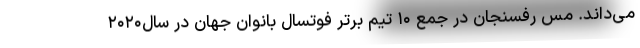
می‌داند. مس رفسنجان در جمع ۱۰ تیم برتر فوتسال بانوان جهان در سال۲۰۲۰